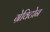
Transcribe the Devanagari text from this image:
ग्रेविटोन